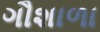
ગૌશાળા